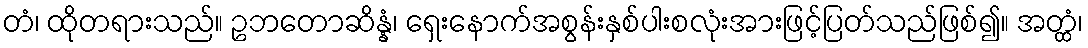
တံ၊ ထိုတရားသည်။ ဥဘတောဆိန္နံ၊ ရှေးနောက်အစွန်းနှစ်ပါးစလုံးအားဖြင့်ပြတ်သည်ဖြစ်၍။ အတ္ထံ၊